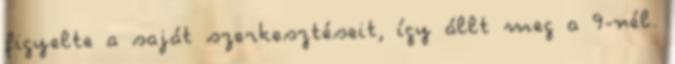
figyelte a saját szerkesztéseit, így állt meg a 9-nél.